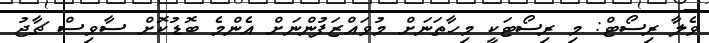
ވެލާ ރިސޯޓް: މި ރިސޯޓަކީ މިހާތަނަށް މުވައްޒަފުންނަށް އެންމެ ބޮޑުކޮށް ސާވިސް ޗާޖު